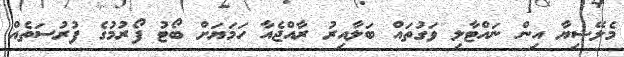
މެލޭޝިޔާ އިން ނައްޓާލި ވަގުތައް ބަލާއިރު ރާއްޖެއާ ހަމަޔަށް ބޯޓު ފޯރުމުގެ ފުރުސަތެއް